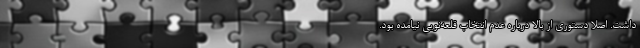
داشت. اصلاً دستوری از بالا درباره عدم انتخاب قلعه‌نویی نیامده بود.